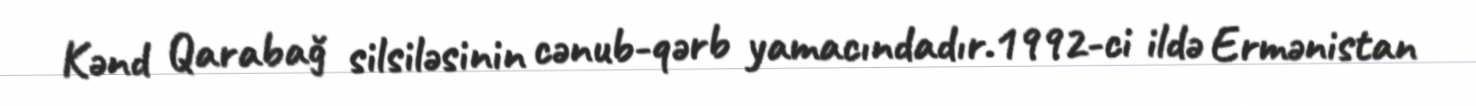
Kənd Qarabağ silsiləsinin cənub-qərb yamacındadır.1992-ci ildə Ermənistan